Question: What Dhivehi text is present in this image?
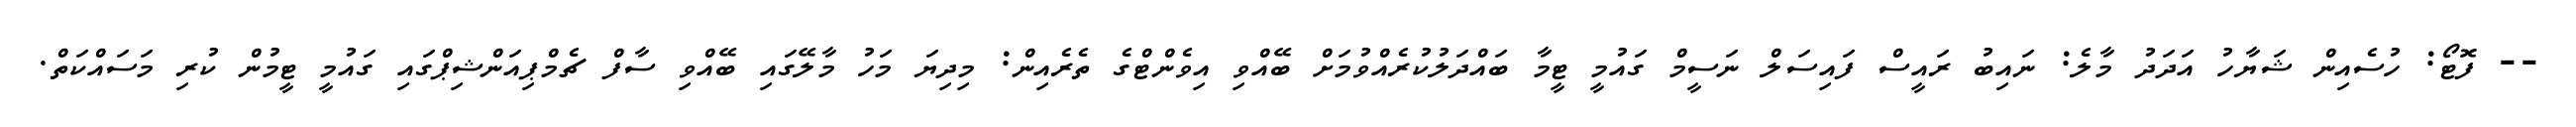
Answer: -- ފޮޓޯ: ހުސެއިން ޝަޔާހު އަދަދު މާލެ: ނައިބު ރައީސް ފައިސަލް ނަސީމް ގައުމީ ޓީމާ ބައްދަލުކުރެއްވުމަށް ބޭއްވި އިވެންޓްގެ ތެރެއިން: މިދިޔަ މަހު މާލޭގައި ބޭއްވި ސާފް ޗެމްޕިއަންޝިޕްގައި ގައުމީ ޓީމުން ކުރި މަސައްކަތް.